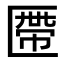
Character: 𠥖